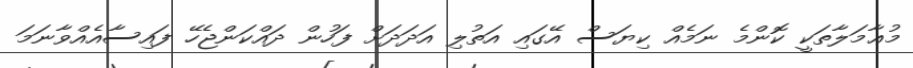
މުޢާމަލާތަކީ ކޮންމެ ނަމެއް ކިޔަސް އޭގައި އަތުލި އަދަދަށް ފަހުން ދައްކަންޖެހޭ ފައިސާއެއްވާނަމަ